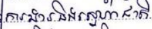
ការងារនិងស្នេហាជាតិ